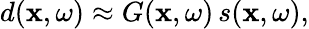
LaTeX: \begin{array}{r}{d(\mathbf{x},\omega)\approx G(\mathbf{x},\omega)\, s(\mathbf{x},\omega),}\end{array}